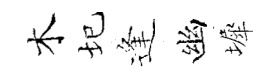
木圮逢幽墀